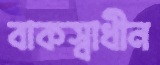
বাকস্বাধীন